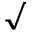
\surd